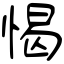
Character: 愒